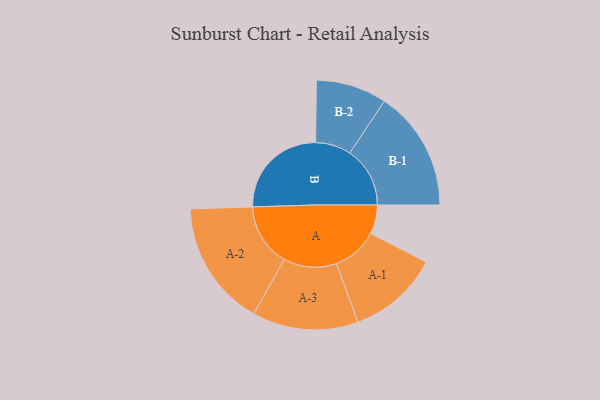
{"axis": {"x": "Segment", "y": "Value"}, "legend": ["", "A", "B"], "data": [{"x": "A", "y": 136, "type": ""}, {"x": "B", "y": 463, "type": ""}, {"x": "A-1", "y": 214, "type": "A"}, {"x": "A-2", "y": 295, "type": "A"}, {"x": "A-3", "y": 248, "type": "A"}, {"x": "B-1", "y": 282, "type": "B"}, {"x": "B-2", "y": 166, "type": "B"}]}